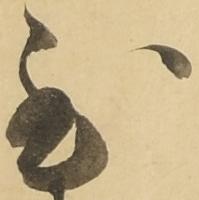
至